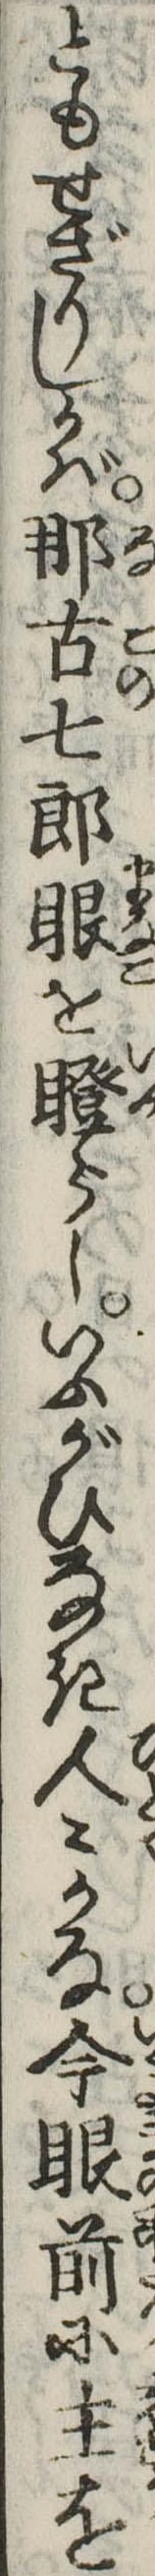
ともせざりしかば那古七郎眼を瞪らしいふがひなき人々かな今眼前に主を